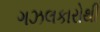
ગઝલકારોથી